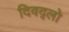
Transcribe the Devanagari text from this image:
दिवद्लो